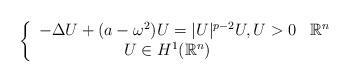
LaTeX: \begin{align*}\left\{ \begin{array}{cl}-\Delta U+(a-\omega^{2})U=|U|^{p-2}U,U>0 & \mathbb{R}^{n}\\U\in H^{1}(\mathbb{R}^{n})\end{array}\right.\end{align*}